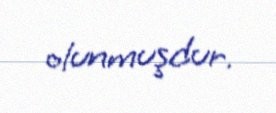
olunmuşdur.